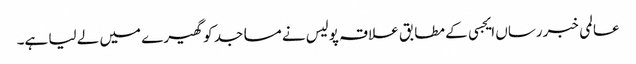
عالمی خبررساں ایجسی کے مطابق علاقہ پولیس نے مساجد کو گھیرے میں لے لیا ہے۔